Tezpur Lunatic Asylum reports 1895-1904 - 1895-1904
Year: 1895
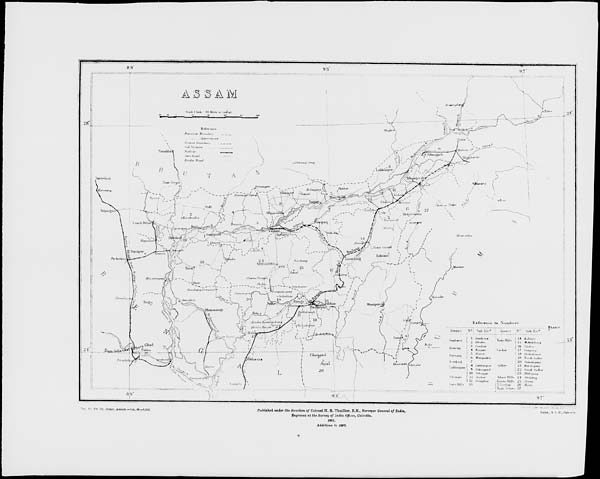
"... Ho p ''t Ob. Oumr.. ABnam.«..litn. 08.—6,000.
Published wider the direction of Colonel H. H. Thuillier, R.E., Surveyor General of India,
Engraved at the Survey of India Offices, Calcutta.
1891.
.Addition* to 1897.
Litho., 8. J. 0., Calcutta.